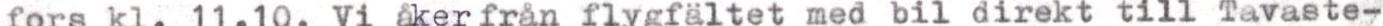
fors kl. 11.10. Vi åker från flygfältet med bil direkt till Tavaste-